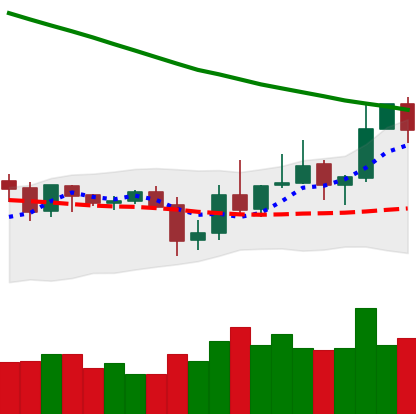
Ticker: XLM-USD
Chart end date: 2019-11-03
Forward return: 4.048%
Label: up_3_5